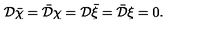
{ \cal D } { \bar { \chi } } = { \bar { \cal D } } \chi = { \cal D } { \bar { \xi } } = { \bar { \cal D } } \xi = 0 .